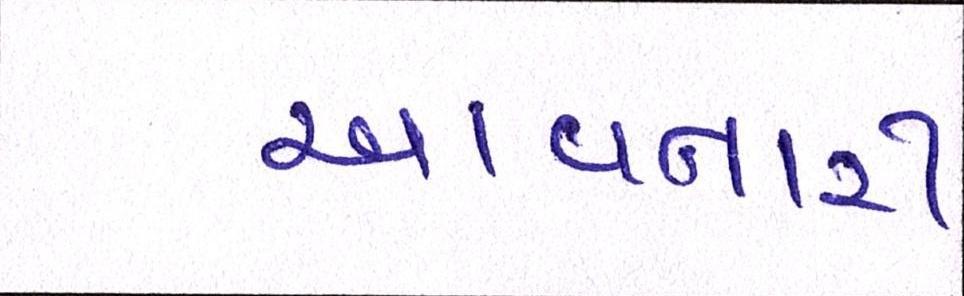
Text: આવનારી